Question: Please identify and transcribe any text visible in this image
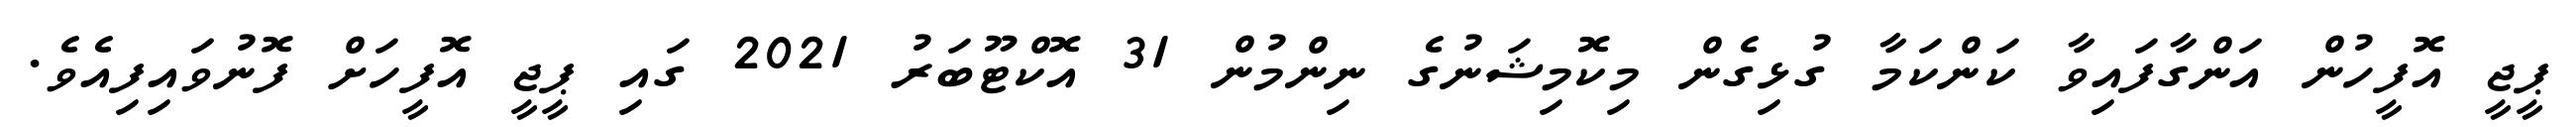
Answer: ޕީޖީ އޮފީހުން އަންގާފައިވާ ކަންކަމާ ގުޅިގެން މިކޮމިޝަނުގެ ނިންމުން 31 އޮކްޓޫބަރު 2021 ގައި ޕީޖީ އޮފީހަށް ފޮނުވައިފިއެވެ.